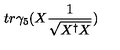
t r \gamma _ { 5 } ( X \frac { 1 } { \sqrt { X ^ { \dagger } X } } )